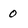
Character: 0